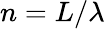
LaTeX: n=L/\lambda